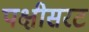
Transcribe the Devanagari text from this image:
पक्षीसरट